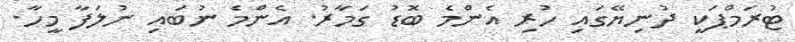
ޓުރަމްޕަކީ ދުނިޔޭގައި ހުރި އެންމެ ބޮޑު ގަމާރު. އެންމެ ނުބައި ނުލަފާ މީހާ.